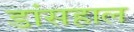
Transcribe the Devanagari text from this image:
डांसहाल